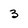
Character: 3